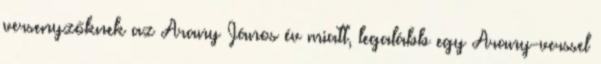
versenyzőknek az Arany János év miatt, legalább egy Arany-verssel